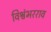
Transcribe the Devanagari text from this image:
विश्वंभरराव